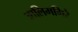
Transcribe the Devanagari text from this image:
आलिमगिरे